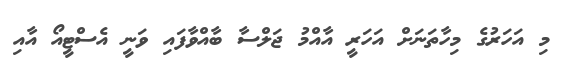
މި އަހަރުގެ މިހާތަނަށް އަހަރީ އާއްމު ޖަލްސާ ބާއްވާފައި ވަނީ އެސްޓީއޯ އާއި